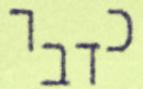
כדבר